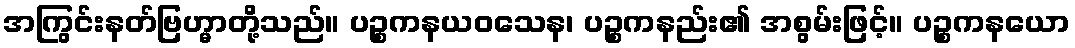
အကြွင်းနတ်ဗြဟ္မာတို့သည်။ ပဉ္စကနယဝသေန၊ ပဉ္စကနည်း၏ အစွမ်းဖြင့်။ ပဉ္စကနယော